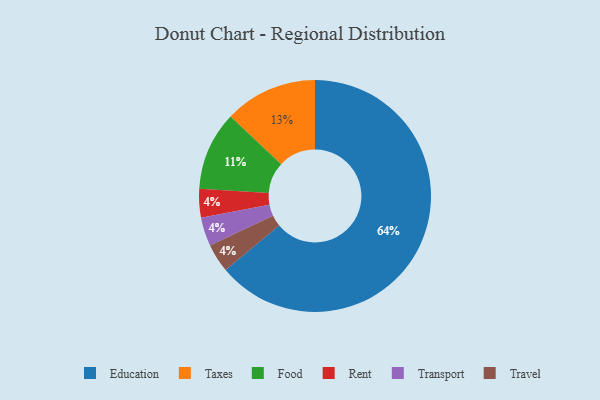
{"axis": {"x": "Category", "y": "Percentage"}, "legend": ["Education", "Food", "Rent", "Taxes", "Transport", "Travel"], "data": [{"x": "Taxes", "y": 13, "type": "Taxes"}, {"x": "Food", "y": 11, "type": "Food"}, {"x": "Education", "y": 64, "type": "Education"}, {"x": "Rent", "y": 4, "type": "Rent"}, {"x": "Transport", "y": 4, "type": "Transport"}, {"x": "Travel", "y": 4, "type": "Travel"}]}